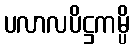
ပလာလပိဋ္ဌကမ္ပိ